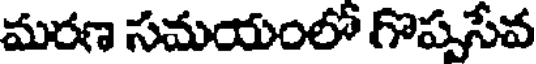
మరణ సమయంలో గొప్పసేవ